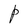
Character: P